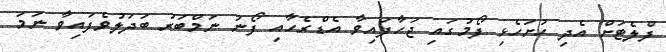
ފްލެޓަށް އެދި ހުށަހެޅި ފޯމުގައި ޖަހާފައިވާ އެޑްރެހާއި ފޯނު ނަމްބަރު ބަދަލުވެފައިވާ ނަމަ